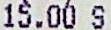
15.00 S